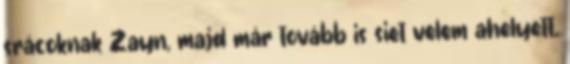
srácoknak Zayn, majd már tovább is siet velem ahelyett,